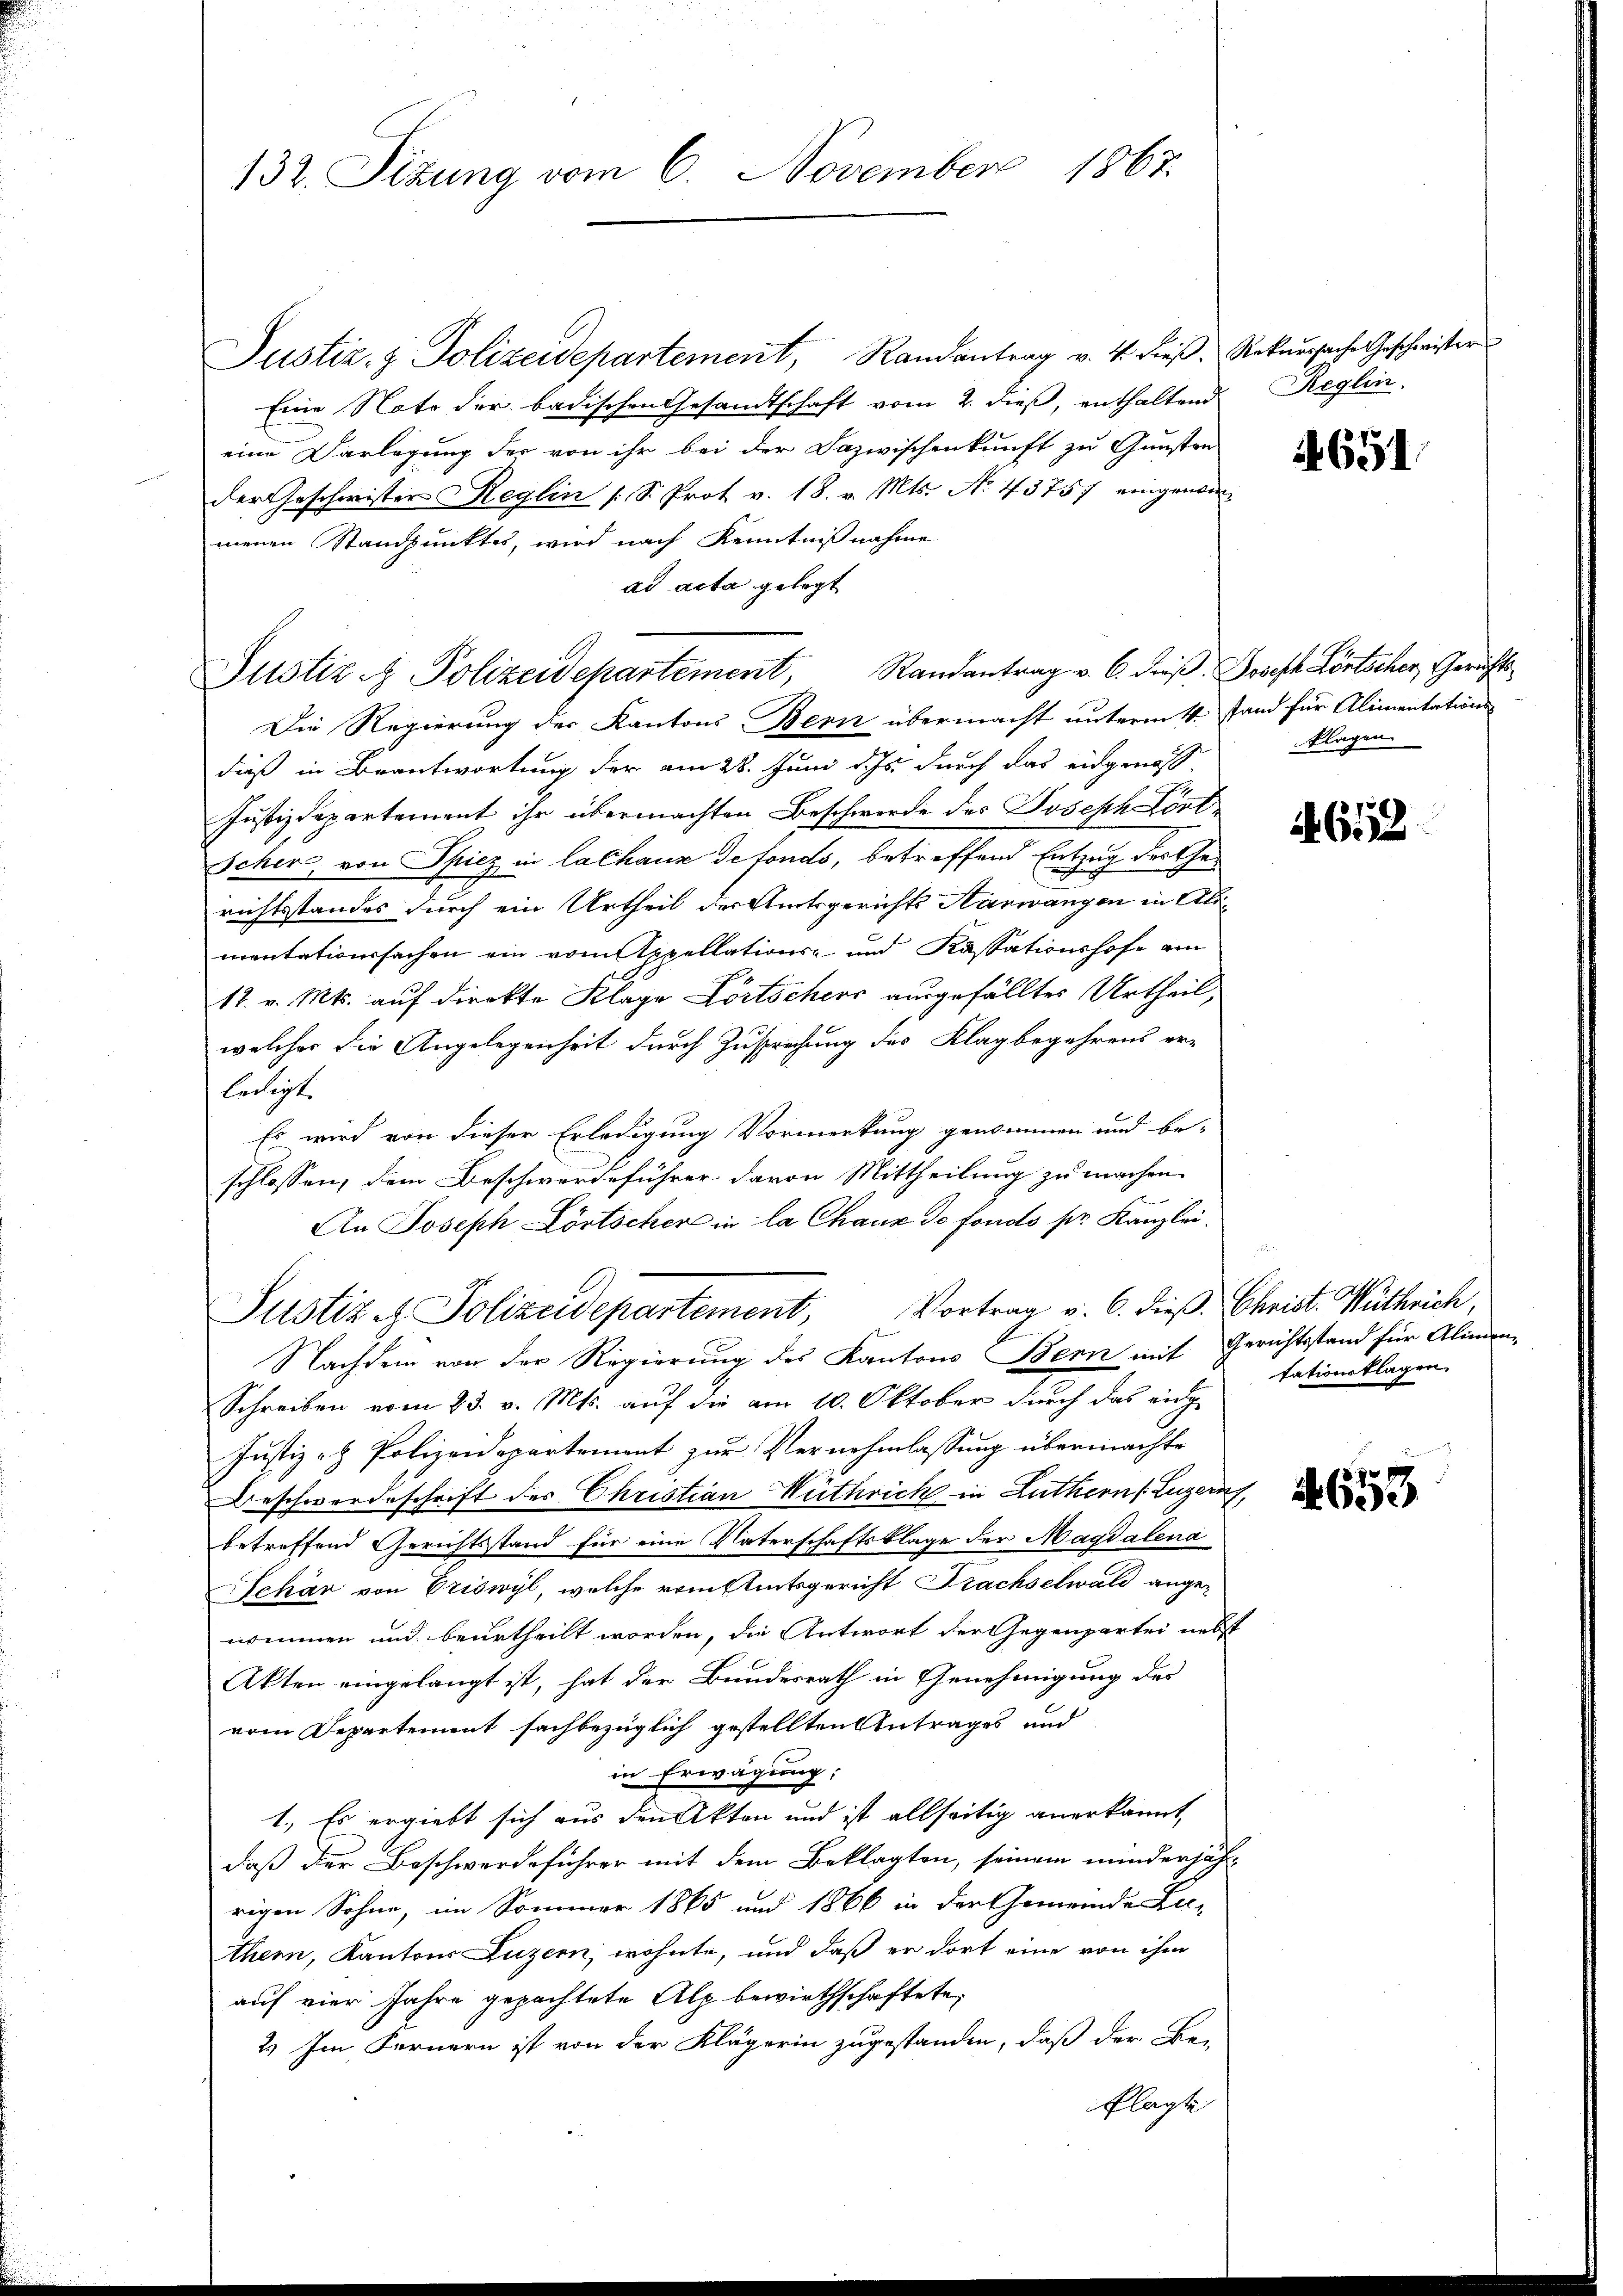
132. Sizung vom 6. November 1867.

Justiz- & Polizeidepartement, Randantrag v. 4. dieß, Rekursache Geschwister
Eine Note der badischen Gesandtschaft vom 2. dieß, enthaltend
eine Darlegung der von ihr bei der Dazwischenkunft zu Gunsten
der Geschwister Reglin /: S. Prot v. 18. v. Mts. No. 43757 eingenommenen Standpunktes, wird nach Kenntnißnahme
Justiz - Polizeidepartement, Randantrag v. 6. dieβ. Joseph Lentscher, Gerichts¬
Die Regierung der Kantons Bern übermacht unterm 4. Stand für Alimentations
dieß in Brantwortung der am 28. Juni d. Js. durch das eidgenos-
Justizdepartement ihr übermachten Beschwerde des Joseph Lört¬
Scher, von Spiez in lachaus defonds, betreffend Entzug dorther
richtsstandes durch ein Urtheil der Amtsgerichts Aarwangen in Alimentationssachen ein vom Appellations- und Kassationshofe am
17. v. Mts. auf direkte Klage Fortschers ausgefälltes Urtheil,
welcher die Angelegenheit durch Zusprechung des Klagbegehrens er-
ledigt.
Es wird von dieser Erledigung Vormerkung genommen und be-
schlossen, dem Beschwerdeführer davon Mittheilung zu machen
An Joseph Lörtscher in la Chaux de fondo pr. Kanzlei.
Justiz - Polizeidepartement, Vortrag v. 6. dieβ. Christ. Wuthrich,
Nachdem von der Regierung des Kantons Bern mit Gerichtsstand für Alimen¬
Schreiben vom 23. v. Mts. auf die am 10. Oktober durch das eidge
Justiz- & Polizeidepartement zur Vernehmlassung übermachte
Beschwerdeschrift des Christian Hüthrick in Luthern (Luzern,
betreffend Gerichtsstand für eine Vaterschaftsklage der Magdalena
Schär von Priswyl, welche vom Etatsgericht Prachselwald ange-
nommen und beurtheilt worden, die Antwort der Gegenpartei nebst
Akten eingelangt ist, hat der Bundesrath in Genehmigung des
vom Departement sachbezüglich gestellten Antrages und
in Erwägung:
1., Es ergiebt sich aus den Akten und ist allseitig anerkannt,
daß der Beschwerdeführer mit dem Beklagten, seinem minderjährrigen Sohne, im Sommer 1865 und 1866 in der Gemeinde Lie-
ther, Kantons Luzern, wohnte, und daß er dort eine von ihm
auf vier Jahre gepachtete Alp bewirthschaftete,
2.) Im Fernern ist von der Klägerin zugestanden, daß der Be-
Flacht

ad acta gelegt

Reglin.

4651.

klagen

652

tationsklagen.

4. 653